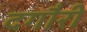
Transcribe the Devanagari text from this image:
दगौरी